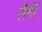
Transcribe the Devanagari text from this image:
लेंगीं